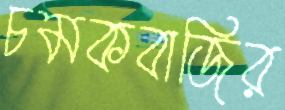
চমকবাজির